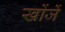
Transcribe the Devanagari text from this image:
खोंजें